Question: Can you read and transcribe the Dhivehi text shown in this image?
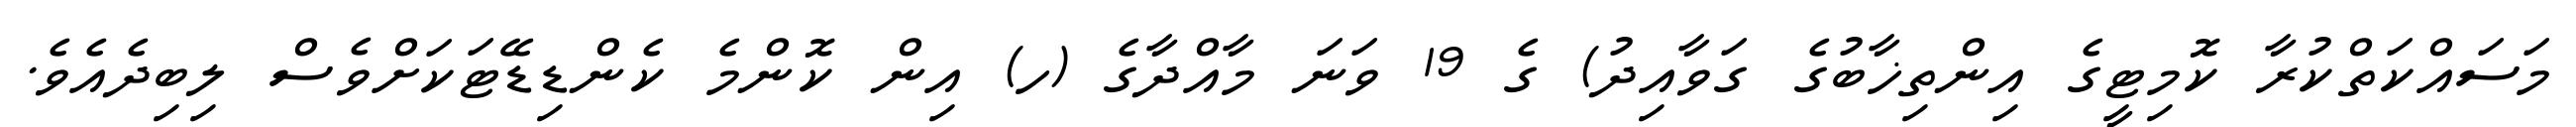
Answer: މަސައްކަތްކުރާ ކޮމިޓީގެ އިންތިޚާބުގެ ގަވާއިދު) ގެ 19 ވަނަ މާއްދާގެ (ހ) އިން ކޮންމެ ކެންޑިޑޭޓަކަށްވެސް ލިބިދެއެވެ.